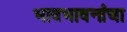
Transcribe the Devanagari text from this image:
भावभावनांचा